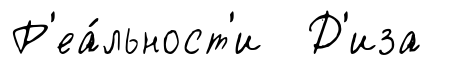
Р'еа́льност'и Д'иза